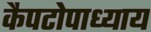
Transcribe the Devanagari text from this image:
कैपटोपाध्याय